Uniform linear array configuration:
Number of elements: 32
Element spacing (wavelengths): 0.75
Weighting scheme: cosine
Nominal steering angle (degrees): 30
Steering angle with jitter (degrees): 31.951
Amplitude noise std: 0.05
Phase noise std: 0.05

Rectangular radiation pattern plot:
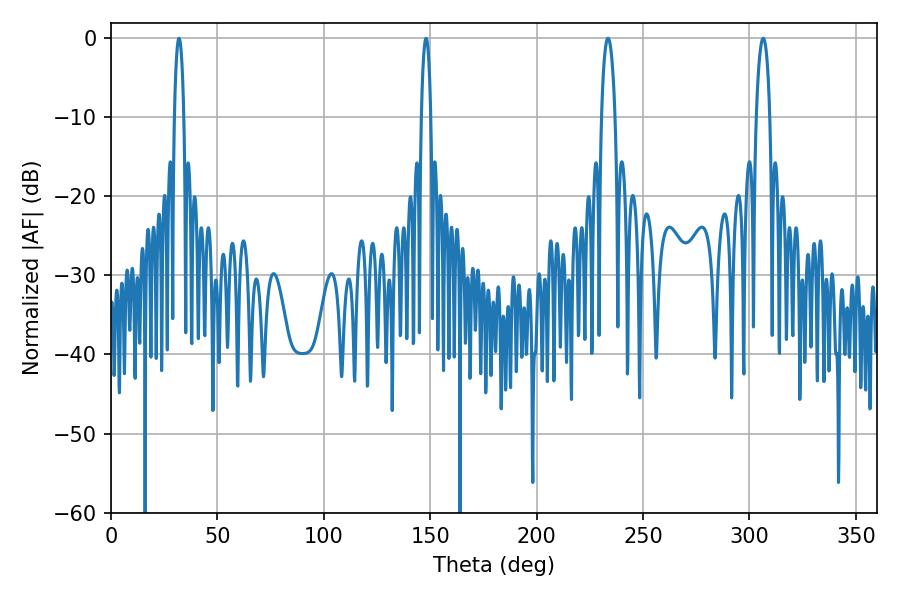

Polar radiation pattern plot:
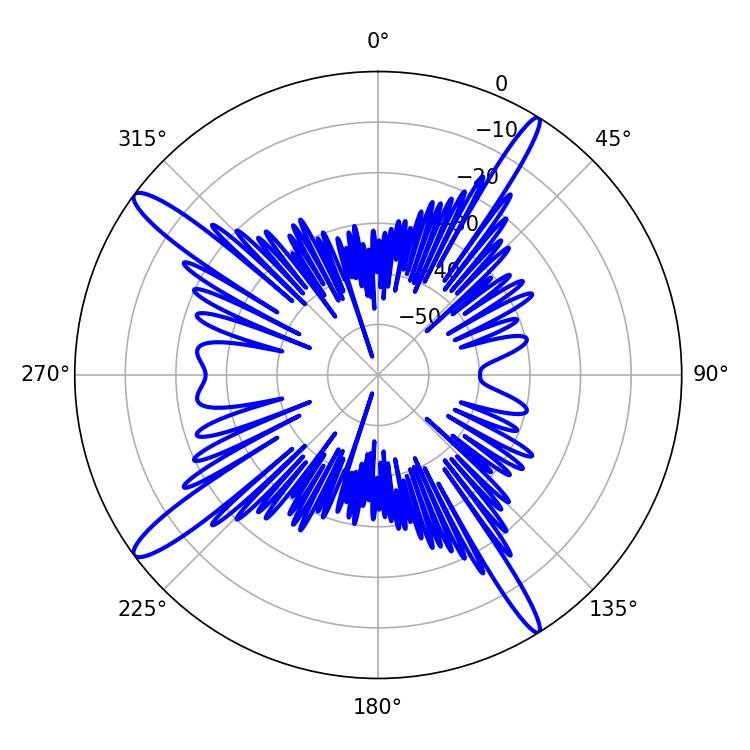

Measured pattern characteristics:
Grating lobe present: TRUE
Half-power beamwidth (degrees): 3.6
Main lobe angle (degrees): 233.46